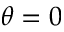
\theta = 0